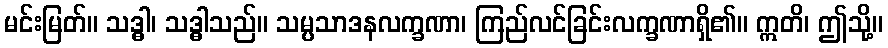
မင်းမြတ်။ သဒ္ဓါ၊ သဒ္ဓါသည်။ သမ္ပသာဒနလက္ခဏာ၊ ကြည်လင်ခြင်းလက္ခဏာရှိ၏။ ဣတိ၊ ဤသို့။